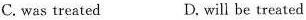
C. was treated D. will be treated